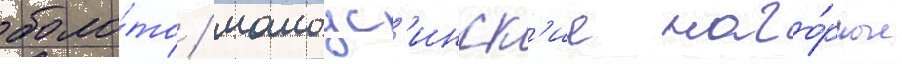
боло́то / малоус'инск'ие наго́рные